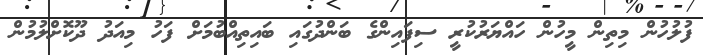
ފުލުހުން މިތިން މީހުން ހައްޔަރުކުރީ ސިފައިންގެ ބަންދުގައި ބައިތިއްބުމަށް ފަހު މިއަދު ދޫކޮށްލުމުން